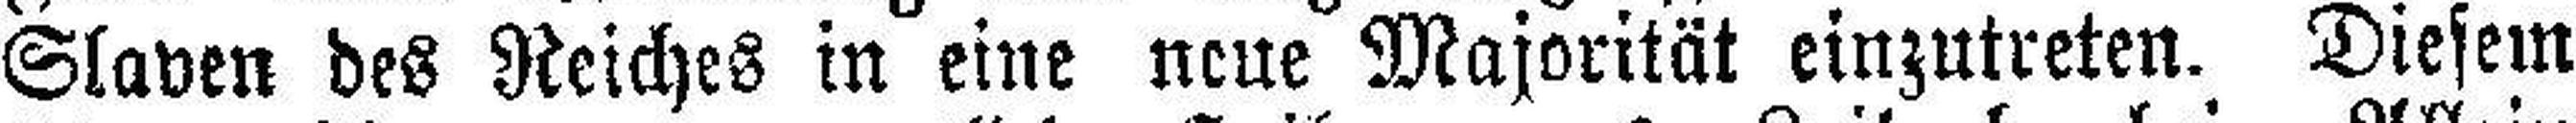
Slaven des Reiches in eine neue Majorität einzutreten. Diesem